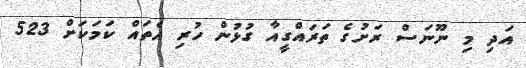
އަދި މި ނޫނަސް ރަށުގެ ތަރައްގީއާ ގުޅުން ހުރި އެތައް ކަމަކަށް 523